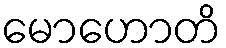
မောဟောတိ